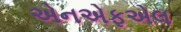
એનએફએલ